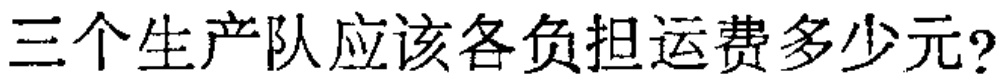
三个生产队应该各负担运费多少元?